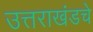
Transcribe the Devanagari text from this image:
उत्तराखंडचे